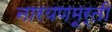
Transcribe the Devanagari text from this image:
नारयणमूर्ती